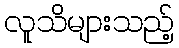
လူသိများသည့်